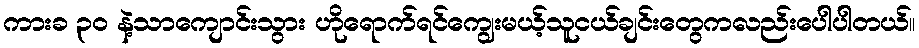
ကားခ ၃၀ နဲ့သာကျောင်းသွား ဟိုရောက်ရင်ကျွေးမယ့်သူငယ်ချင်းတွေကလည်းပေါပါတယ်။